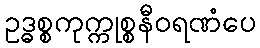
ဥဒ္ဓစ္စကုက္ကုစ္စနီဝရဏံပေ